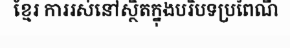
ខ្មែរ ការរស់នៅស្ថិតក្នុងបរិបទប្រពៃណី